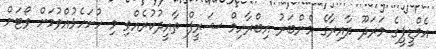
އެމްޑީޕީގެ މަރަދޫ ދާއިރާގެ މެންބަރު އިބްރާހިމް ޝަރީފް ތާއީދުކުރެއްވި މި ހުށަހެޅުއްވުމަށް ވޯޓަށް